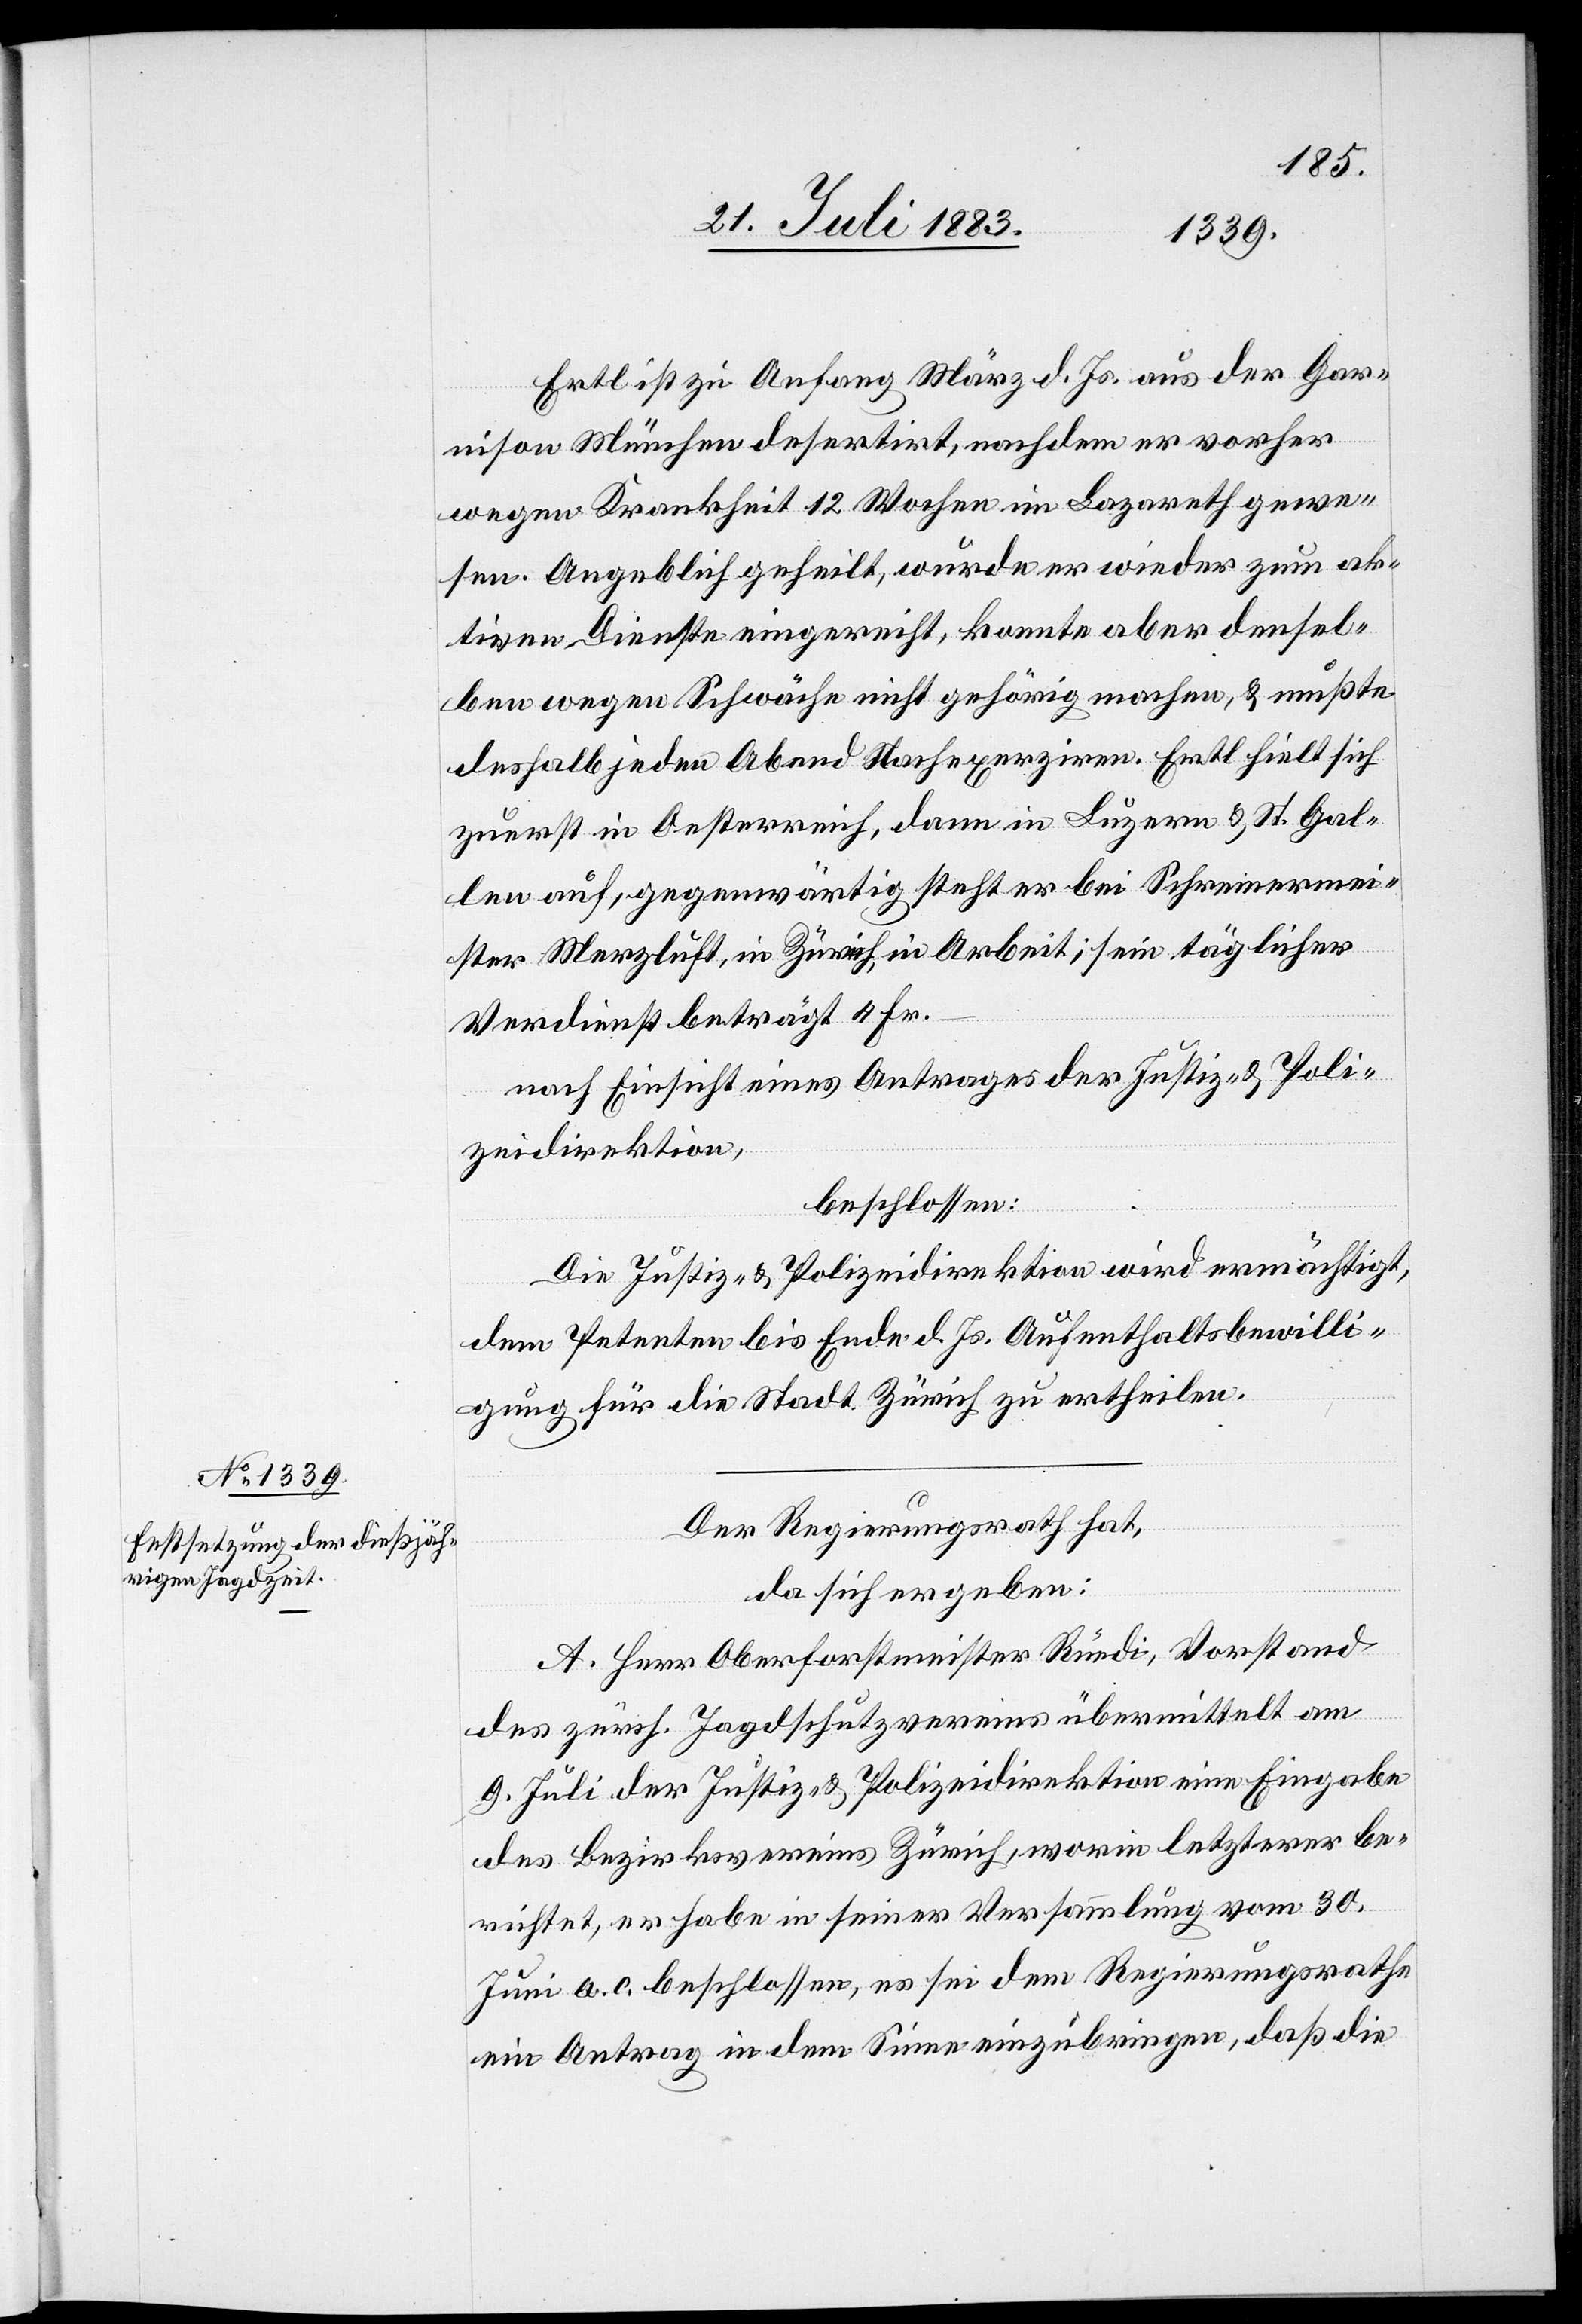
Ertl ist zu Anfang März d. Js. aus der Gar¬
nison München desertirt, nachdem er vorher
wegen Krankheit 12 Wochen im Lazareth gewe¬
sen. Angeblich geheilt, wurde er wieder zum ak¬
tiven Dienste eingereicht, konnte aber densel¬
ben wegen Schwäche nicht gehörig machen & mußte
deshalb jeden Abend Nachexerziren. Ertl hielt sich
zuerst in Oesterreich, dann in Luzern & St. Gal¬
len auf, gegenwärtig steht er bei Schreinermei¬
ster Merzluft, in Zürich, in Arbeit, sein täglicher
Verdienst beträgt 4 Fr.
nach Einsicht eines Antrages der Justiz- & Poli¬
zeidirektion,
beschlossen:
Die Justiz- & Polizeidirektion wird ermächtigt,
dem Petenten bis Ende d. Js. Aufenthaltsbewilli¬
gung für die Stadt Zürich zu ertheilen.
Der Regierungsrath hat,
da sich ergeben:
A. Herr Oberforstmeister Rüedi, Vorstand
des zürch. Jagdschutzvereins übermittelt am
9. Juli der Justiz- & Polizeidirektion eine Eingabe
des Bezirksvereins Zürich, worin letzterer be¬
richtet, er habe in seiner Versammlung vom 30.
Juni a. c. beschlossen, es sei dem Regierungsrathe
ein Antrag in dem Sinne einzubringen, daß die